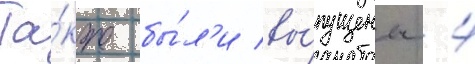
Та́кже бы́л'и вы́пущены 4